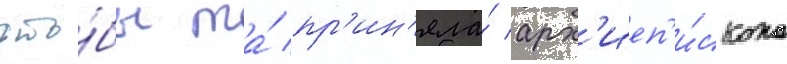
что́бы та́ пр'ин'яла́ арх'иеп'и́скопа